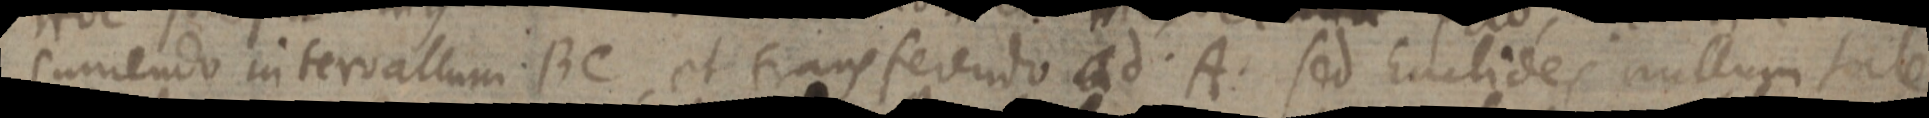
sumendo intervallum BC, et transferendo ad. A. sed Euclides nullum tale